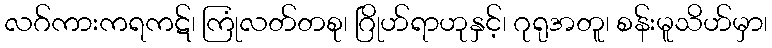
လဂ်ကားကရကဋ်၊ ကြုံလတ်တစု၊ ဂြိုဟ်ရာဟုနှင့်၊ ဂုရုအတူ၊ စန်းမူသိဟ်မှာ၊